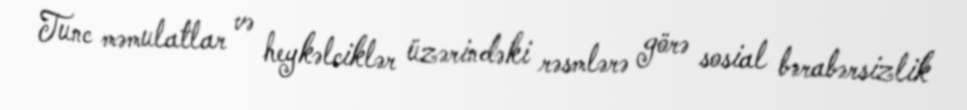
Tunc məmulatlar və heykəlciklər üzərindəki rəsmlərə görə sosial bərabərsizlik